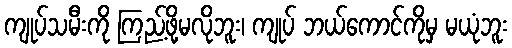
ကျုပ်သမီးကို ကြည့်ဖို့မလိုဘူး၊ ကျုပ် ဘယ်ကောင်ကိုမှ မယုံဘူး